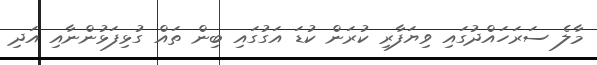
މާލެ ސަރަހައްދުގައި ވިޔަފާރި ކުރަން ކުޑަ އަގުގައި ބިން ތައް ގުޅިފަޅުންނާއި އަދި